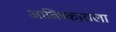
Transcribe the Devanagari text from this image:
आविष्काराला